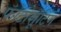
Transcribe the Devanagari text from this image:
फोटोशूटिंग